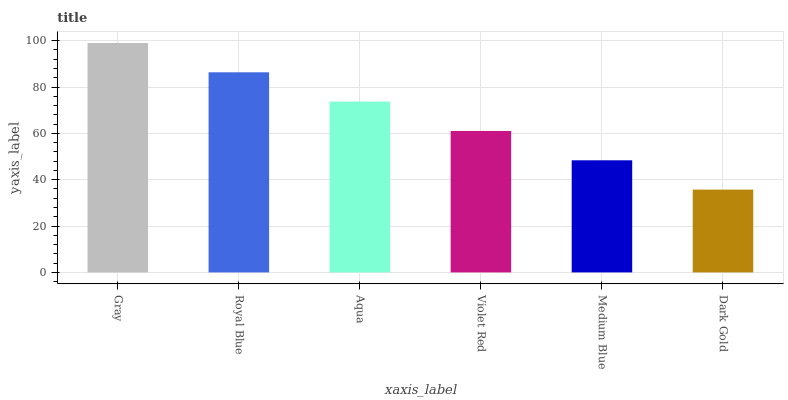
| xaxis_label | bars |
 | --- | --- |
 | Gray | 99 |
 | Royal Blue | 86.3 |
 | Aqua | 73.7 |
 | Violet Red | 61 |
 | Medium Blue | 48.4 |
 | Dark Gold | 35.7 |